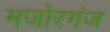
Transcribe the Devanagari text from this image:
मजोरगंज